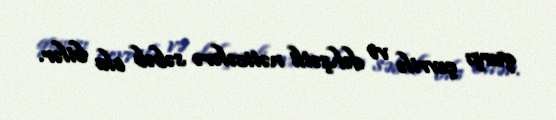
qarşı çevrilə və dəhşətli nəticələrə səbəb ola bilər.